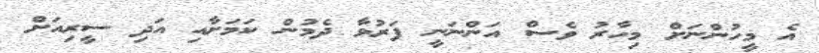
އެ މީހުންނަށް މިހާރު ވެސް އަންނަނީ ފަރުވާ ދެމުން ކަމަށާއި އަދި ސީރިއަށް